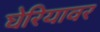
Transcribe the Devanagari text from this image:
घेरियावर